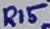
Text: R15